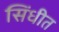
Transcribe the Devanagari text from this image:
सिंधीत